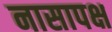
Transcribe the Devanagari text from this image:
नासापक्ष